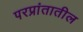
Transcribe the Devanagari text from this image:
परप्रांतातील